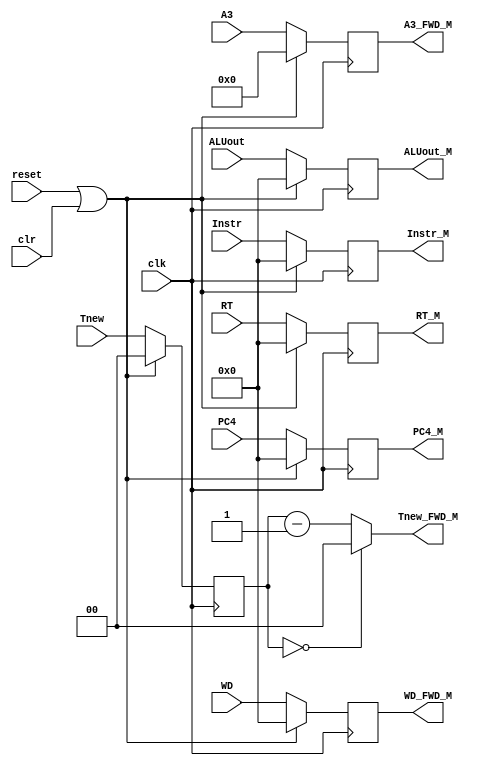
`timescale 1ns / 1ps
//////////////////////////////////////////////////////////////////////////////////
// Company: 
// Engineer: 
// 
// Design Name: 
// Module Name:    EX_MEM_module 
// Project Name: 
// Target Devices: 
// Tool versions: 
// Description: 
//
// Dependencies: 
//
// Revision: 
// Revision 0.01 - File Created
// Additional Comments: 
//
//////////////////////////////////////////////////////////////////////////////////
module EX_MEM_module(
    input [31:0] Instr,
    input [31:0] PC4,
    input [31:0] RT,
    input [31:0] ALUout,
	 input [4:0] A3,
	 input [1:0] Tnew,
	 input [31:0] WD,
	 input clk,
	 input reset,
	 input clr,
    output [31:0] Instr_M,
    output [31:0] PC4_M,
    output [31:0] RT_M,
    output [31:0] ALUout_M,
	 output [4:0] A3_FWD_M,
	 output [1:0] Tnew_FWD_M,
	 output [31:0] WD_FWD_M
    );
	
	reg [31:0] Instr_M_Reg,PC4_M_Reg,RT_M_Reg,ALUout_M_Reg,WD_M_Reg;
	reg [4:0] A3_M_Reg;
	reg [1:0] Tnew_M_Reg;
	
	initial begin
		Instr_M_Reg = 0;
		PC4_M_Reg = 0;
		RT_M_Reg = 0;
		ALUout_M_Reg = 0;
		A3_M_Reg = 0;
		Tnew_M_Reg = 0;
		WD_M_Reg = 0;
	end
	
	assign Instr_M = Instr_M_Reg,
			 PC4_M = PC4_M_Reg,
			 RT_M = RT_M_Reg,
			 ALUout_M = ALUout_M_Reg,
			 A3_FWD_M = A3_M_Reg,
			 Tnew_FWD_M = (Tnew_M_Reg==0)?2'b0:(Tnew_M_Reg-2'b1),
			 WD_FWD_M = WD_M_Reg;
			 
	always @(posedge clk)begin
		if(reset == 1 || clr == 1)begin
			Instr_M_Reg = 0;
			PC4_M_Reg = 0;
			RT_M_Reg = 0;
			ALUout_M_Reg = 0;
			A3_M_Reg = 0;
			Tnew_M_Reg = 0;
			WD_M_Reg = 0;
		end
		else begin
			Instr_M_Reg = Instr;
			PC4_M_Reg = PC4;
			RT_M_Reg = RT;
			ALUout_M_Reg = ALUout;
			A3_M_Reg = A3;
			Tnew_M_Reg = Tnew;
			WD_M_Reg = WD;
		end
	end
		
endmodule